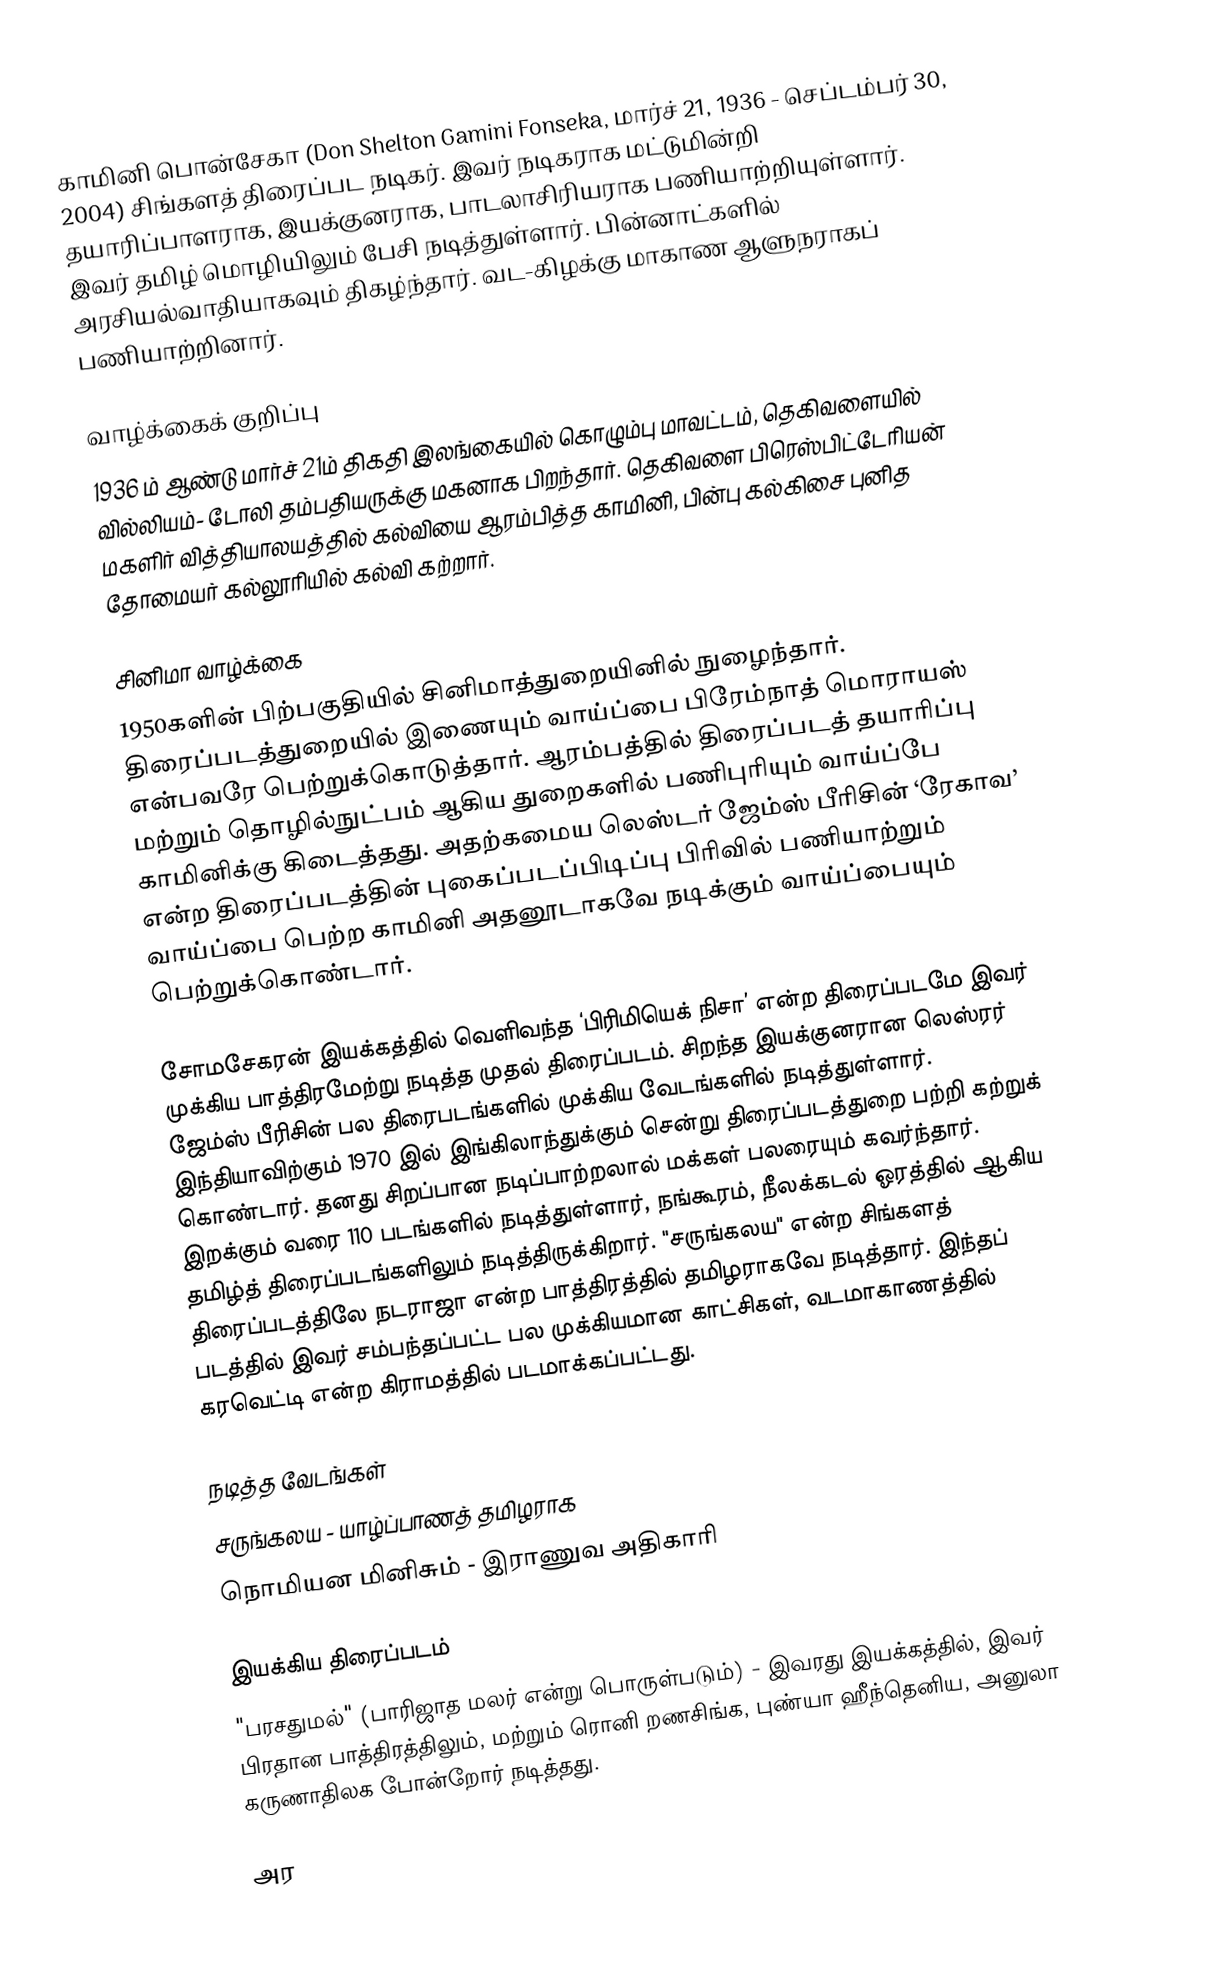
காமினி பொன்சேகா (Don Shelton Gamini Fonseka, மார்ச் 21, 1936 - செப்டம்பர் 30, 2004) சிங்களத் திரைப்பட நடிகர். இவர் நடிகராக மட்டுமின்றி தயாரிப்பாளராக, இயக்குனராக, பாடலாசிரியராக பணியாற்றியுள்ளார். இவர் தமிழ் மொழியிலும் பேசி நடித்துள்ளார். பின்னாட்களில் அரசியல்வாதியாகவும் திகழ்ந்தார். வட-கிழக்கு மாகாண ஆளுநராகப் பணியாற்றினார்.

வாழ்க்கைக் குறிப்பு
1936 ம் ஆண்டு மார்ச் 21ம் திகதி இலங்கையில் கொழும்பு மாவட்டம், தெகிவளையில் வில்லியம்- டோலி தம்பதியருக்கு மகனாக பிறந்தார். தெகிவளை பிரெஸ்பிட்டேரியன் மகளிர் வித்தியாலயத்தில் கல்வியை ஆரம்பித்த காமினி, பின்பு கல்கிசை புனித தோமையர் கல்லூரியில் கல்வி கற்றார்.

சினிமா வாழ்க்கை
1950களின் பிற்பகுதியில் சினிமாத்துறையினில் நுழைந்தார். திரைப்படத்துறையில் இணையும் வாய்ப்பை பிரேம்நாத் மொராயஸ் என்பவரே பெற்றுக்கொடுத்தார். ஆரம்பத்தில் திரைப்படத் தயாரிப்பு மற்றும் தொழில்நுட்பம் ஆகிய துறைகளில் பணிபுரியும் வாய்ப்பே காமினிக்கு கிடைத்தது. அதற்கமைய லெஸ்டர் ஜேம்ஸ் பீரிசின் ‘ரேகாவ’ என்ற திரைப்படத்தின் புகைப்படப்பிடிப்பு பிரிவில் பணியாற்றும் வாய்ப்பை பெற்ற காமினி அதனூடாகவே நடிக்கும் வாய்ப்பையும் பெற்றுக்கொண்டார்.

சோமசேகரன் இயக்கத்தில் வெளிவந்த ‘பிரிமியெக் நிசா’ என்ற திரைப்படமே இவர் முக்கிய பாத்திரமேற்று நடித்த முதல் திரைப்படம். சிறந்த இயக்குனரான லெஸ்ரர் ஜேம்ஸ் பீரிசின் பல திரைபடங்களில் முக்கிய வேடங்களில் நடித்துள்ளார். இந்தியாவிற்கும் 1970 இல் இங்கிலாந்துக்கும் சென்று திரைப்படத்துறை பற்றி கற்றுக் கொண்டார். தனது சிறப்பான நடிப்பாற்றலால் மக்கள் பலரையும் கவர்ந்தார். இறக்கும் வரை 110 படங்களில் நடித்துள்ளார், நங்கூரம், நீலக்கடல் ஓரத்தில் ஆகிய தமிழ்த் திரைப்படங்களிலும் நடித்திருக்கிறார். "சருங்கலய" என்ற சிங்களத் திரைப்படத்திலே நடராஜா என்ற பாத்திரத்தில் தமிழராகவே நடித்தார். இந்தப் படத்தில் இவர் சம்பந்தப்பட்ட பல முக்கியமான காட்சிகள், வடமாகாணத்தில் கரவெட்டி என்ற கிராமத்தில் படமாக்கப்பட்டது.

நடித்த வேடங்கள்
 சருங்கலய - யாழ்ப்பாணத் தமிழராக
 நொமியன மினிசும் - இராணுவ அதிகாரி

இயக்கிய திரைப்படம்
 "பரசதுமல்" (பாரிஜாத மலர் என்று பொருள்படும்) - இவரது இயக்கத்தில், இவர் பிரதான பாத்திரத்திலும், மற்றும் ரொனி றணசிங்க, புண்யா ஹீந்தெனிய, அனுலா கருணாதிலக போன்றோர் நடித்தது.

அர